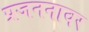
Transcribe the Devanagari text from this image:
प्रजननावर